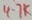
Text: 47K